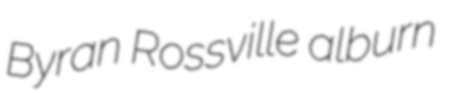
Byran Rossville alburn